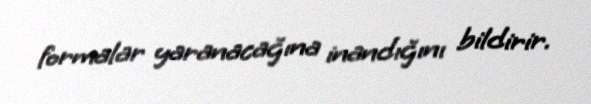
formalar yaranacağına inandığını bildirir.